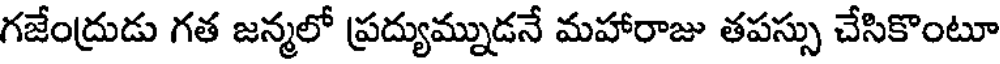
గజేంద్రుడు గత జన్మలో ప్రద్యుమ్నుడనే మహారాజు తపస్సు చేసికొంటూ